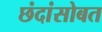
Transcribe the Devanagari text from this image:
छंदांसोबत